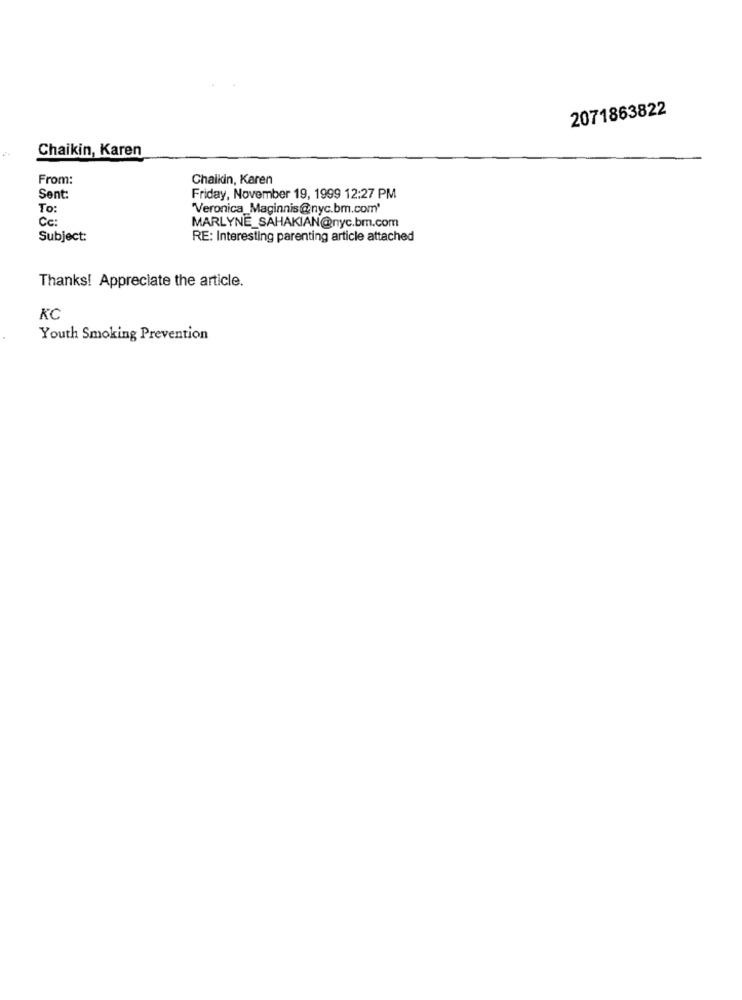
2071863822
Chaikin, Karen
From:
Chaikin, Karen
Sent:
Friday, November 19, 1999 12:27 PM
To:
"Veronica_Maginnis@nyc.bm.com'
Cc:
MARLYNE_SAHAKIAN@nyc.bm.com
Subject:
RE: Interesting parenting article attached
Thanks! Appreciate the article.
Youth Smoking Prevention